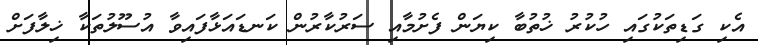
އެކި ގަޑިތަކުގައި ހުކުރު ޚުތުބާ ކިޔަން ފެށުމާއި ސަރުކާރުން ކަނޑައަޅާފައިވާ އުސޫލުތަކާ ޚިލާފަށް